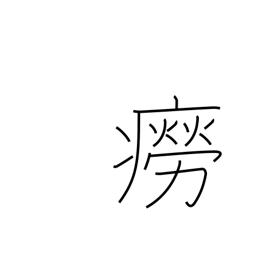
Meaning: rash